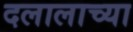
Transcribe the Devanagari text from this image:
दलालाच्या